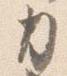
刀